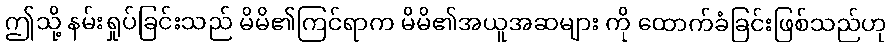
ဤသို့ နမ်းရှုပ်ခြင်းသည် မိမိ၏ကြင်ရာက မိမိ၏အယူအဆများ ကို ထောက်ခံခြင်းဖြစ်သည်ဟု